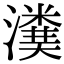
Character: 𤀬